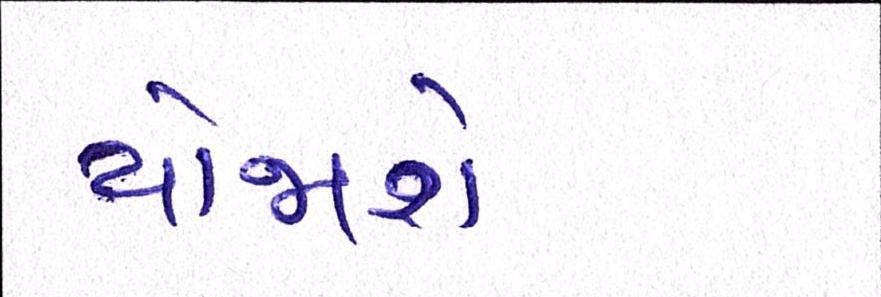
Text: યોજાશે